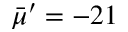
\bar { \mu } ^ { \prime } = - 2 1